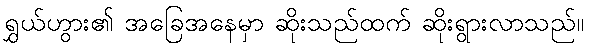
ရွှယ်ဟွား၏ အခြေအနေမှာ ဆိုးသည်ထက် ဆိုးရွားလာသည်။